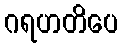
ဂရဟတိပေ